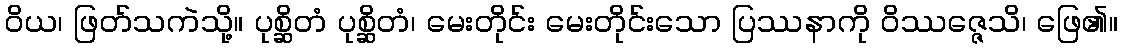
ဝိယ၊ ဖြတ်သကဲသို့။ ပုစ္ဆိတံ ပုစ္ဆိတံ၊ မေးတိုင်း မေးတိုင်းသော ပြဿနာကို ဝိဿဇ္ဇေသိ၊ ဖြေ၏။